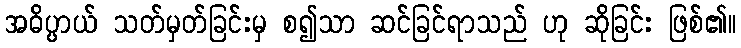
အဓိပ္ပာယ် သတ်မှတ်ခြင်းမှ စ၍သာ ဆင်ခြင်ရာသည် ဟု ဆိုခြင်း ဖြစ်၏။